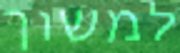
למשוך